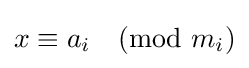
x\equiv a_{i}{\pmod {m_{i}}}